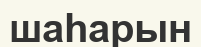
шаһарын